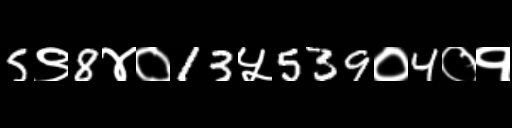
Text: 5९8४०13५539०4०१